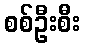
စစ်ဦးစီး